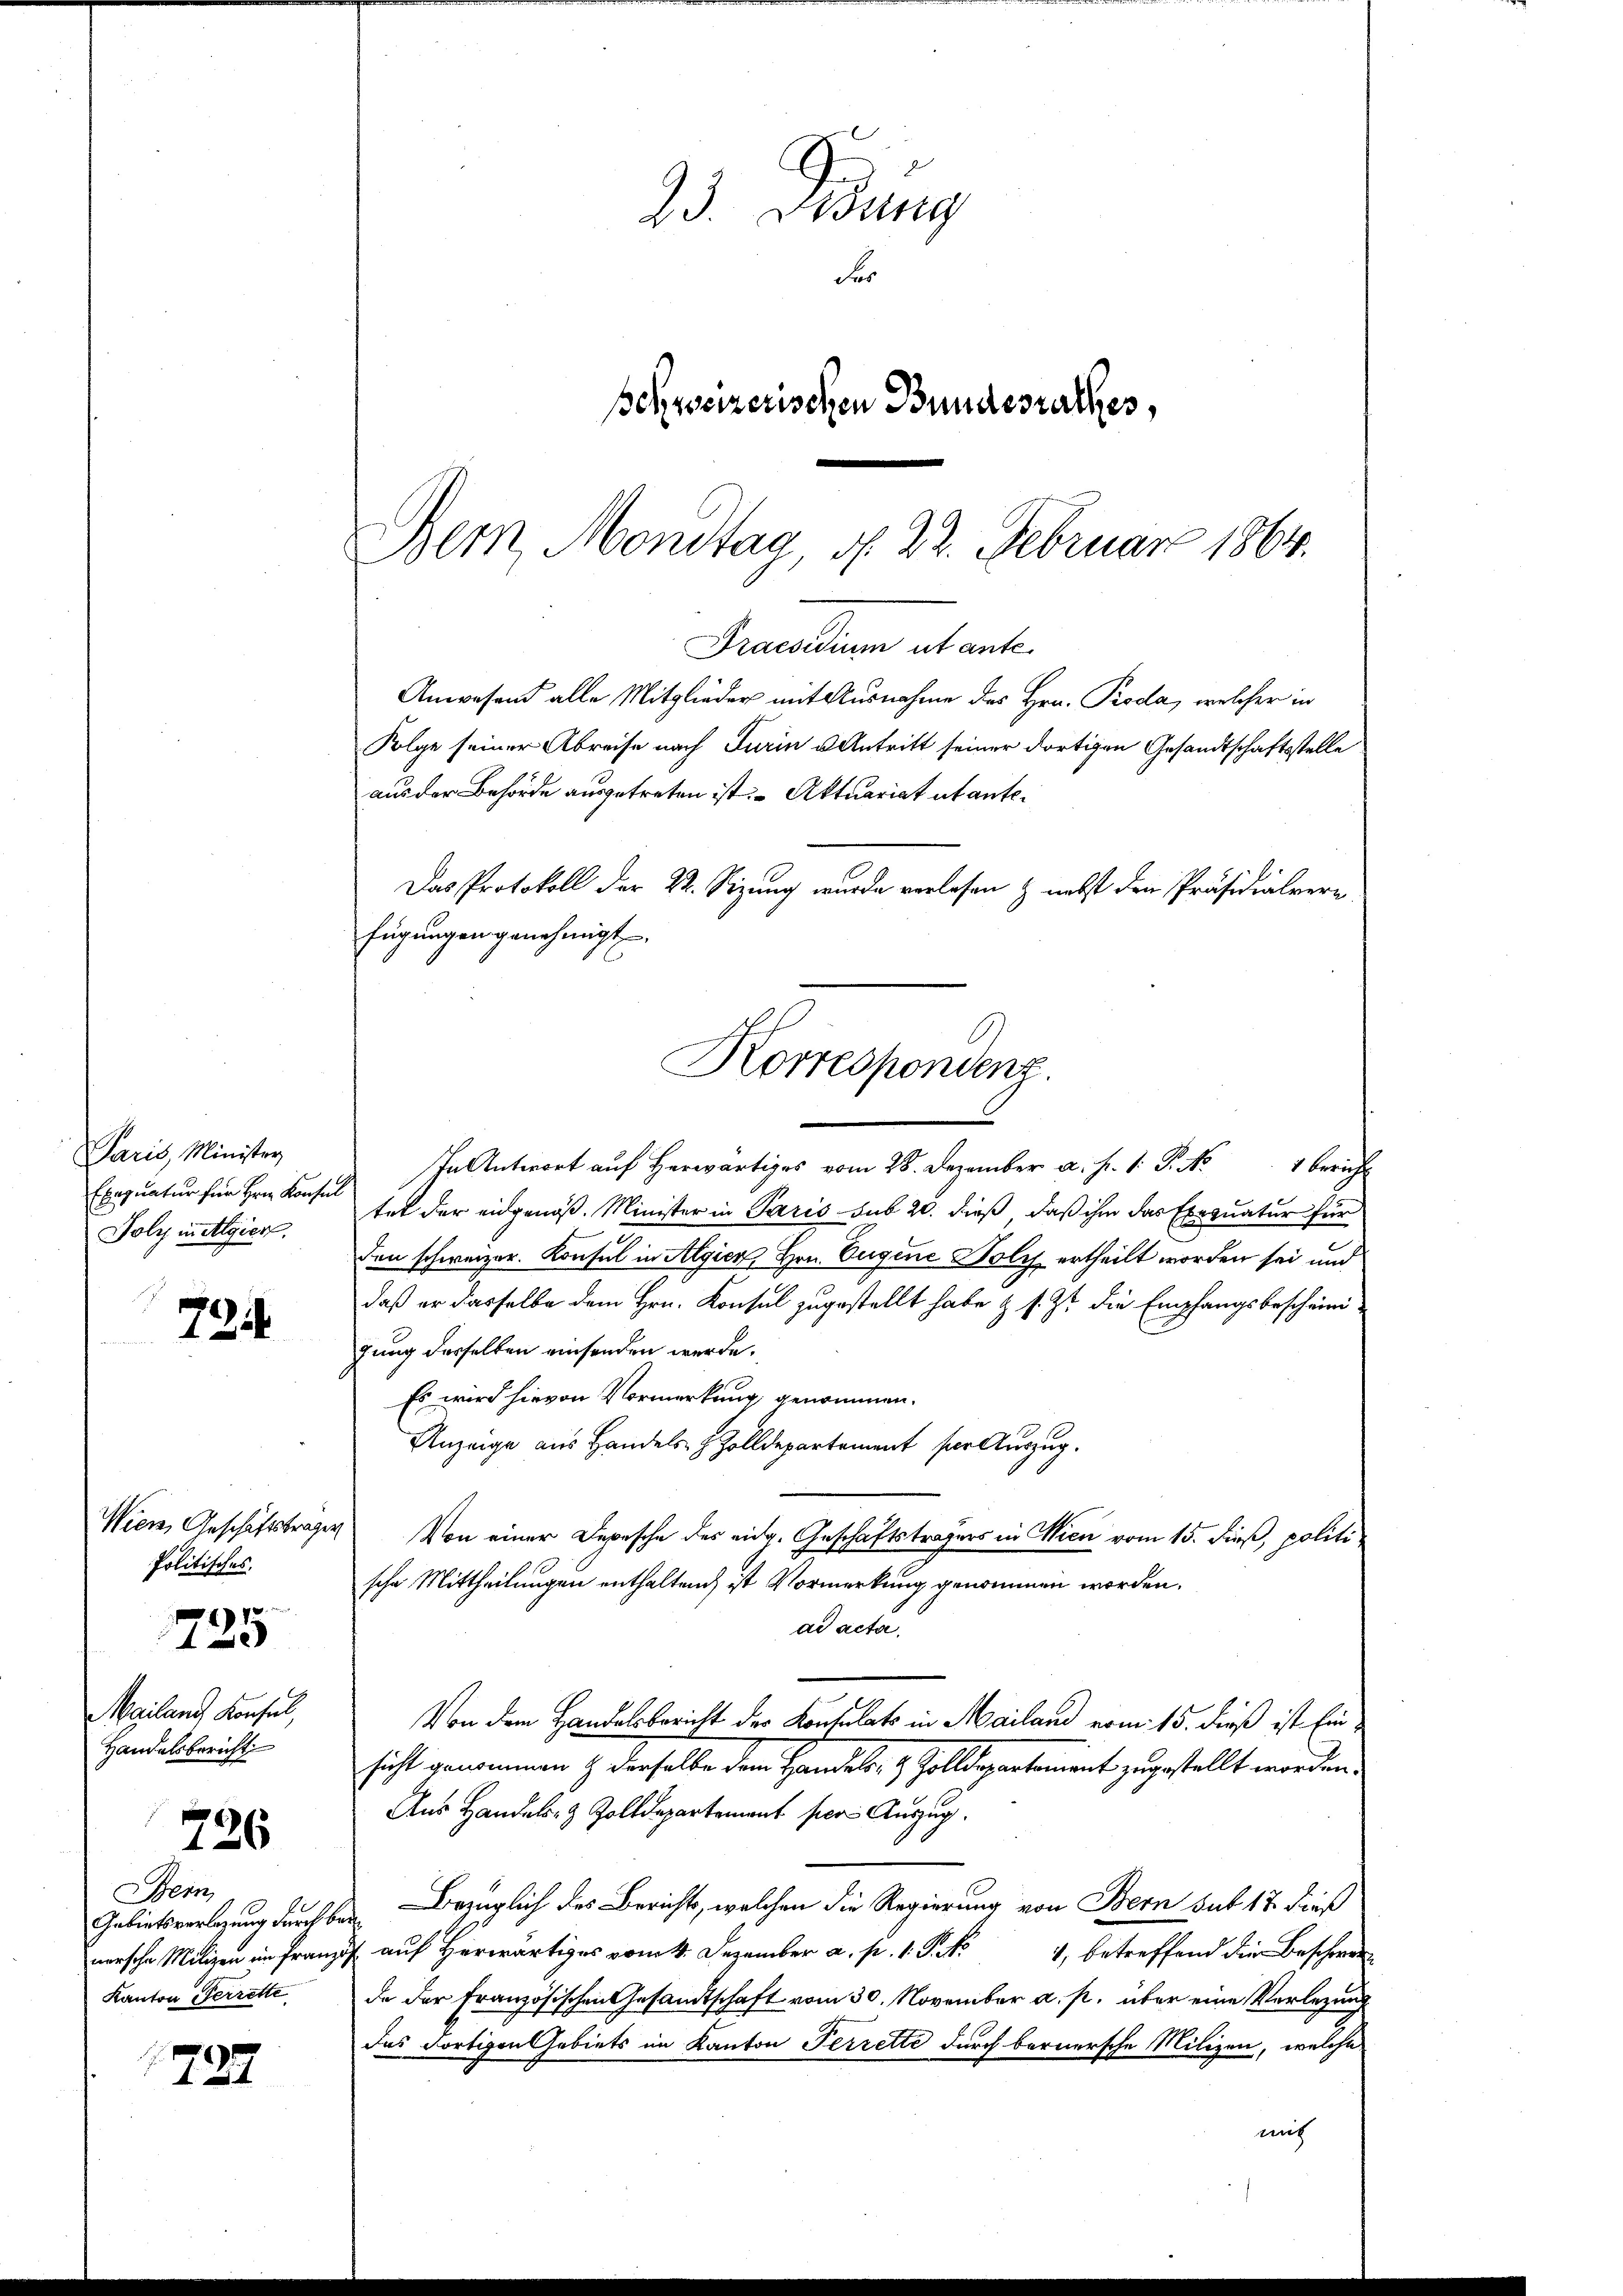
Paris, Minister
Exequatur für Hrn. Konsen
Joly in Algier

724

Wien, Geschäftstragen
Politisches.

4

Mailand Konsul,
Handelsbericht

726

Bern
Gebietsverlegung durch benersche Milizen im Franz
Kanton Herrette

1484

23. Dessing
Fr
pehrssizerischen Bundesrathes,

Bern, Mondtag d. 22. Februar 1864.
Praesidium ut ante
Folge seiner Abreise nach Turin u Antritt seiner dortigen Gesandtschaftsstelle
aus der Behörde ausgetreten ist. – Aktuariat et ante¬
Das Protokoll der 22. Sizung wurde verlesen & nebst den Präsidialverfügŭngen genehmigt.
Korrespondenz.

nt auf Herr vom 28. Dezember a. p. P. Nr. 1 berich
tet der eidgenöß. Minister in Paris sub 20. dieß, daß ihm das Exequatur für
den schweizer. Konsul in Algier, Hrn. Eugene Holz ertheilt worden sei und
daß er dasselbe dem Hrn. Konsul zugestellt habe & s. Zt. die Empfangsbescheinigung derselben einsenden werde.
Es wird hievon Vormerkung genommen.
Anzeige aus Handels- & Zolldepartement der Auszug.
Von einer Depesche des eidg. Geschäftsträgers in Wien vom 15. dieß, politische Mittheilungen enthalten ist Vormerkung genommen worden.
ad acta.
Von dem Handelsbericht der Konsulats in Mailand vom 15. dieß ist Einsicht genommen & derselbe dem Handels- & Zolldepartement zugestellt worden.
Aus Handels- & Zolldepartement per Auszug.
Bezüglich des Berichts, welchen die Regierung von Bern sub 17. dieß
a Hr. Dez. betreffend die Beschwer
de der Französischen Gesandtschaft vom 30. November a. p. über eine Verlegung
das Fortigen Gebiets im Kanton Terzette durch bernersche Milizei, welche
mit

Anwesend alle Mitglieder mit Ausnahme des Hrn. Proda, welcher in